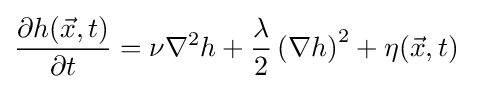
{\frac {\partial h({\vec {x}},t)}{\partial t}}=\nu \nabla ^{2}h+{\frac {\lambda }{2}}\left(\nabla h\right)^{2}+\eta ({\vec {x}},t)\;